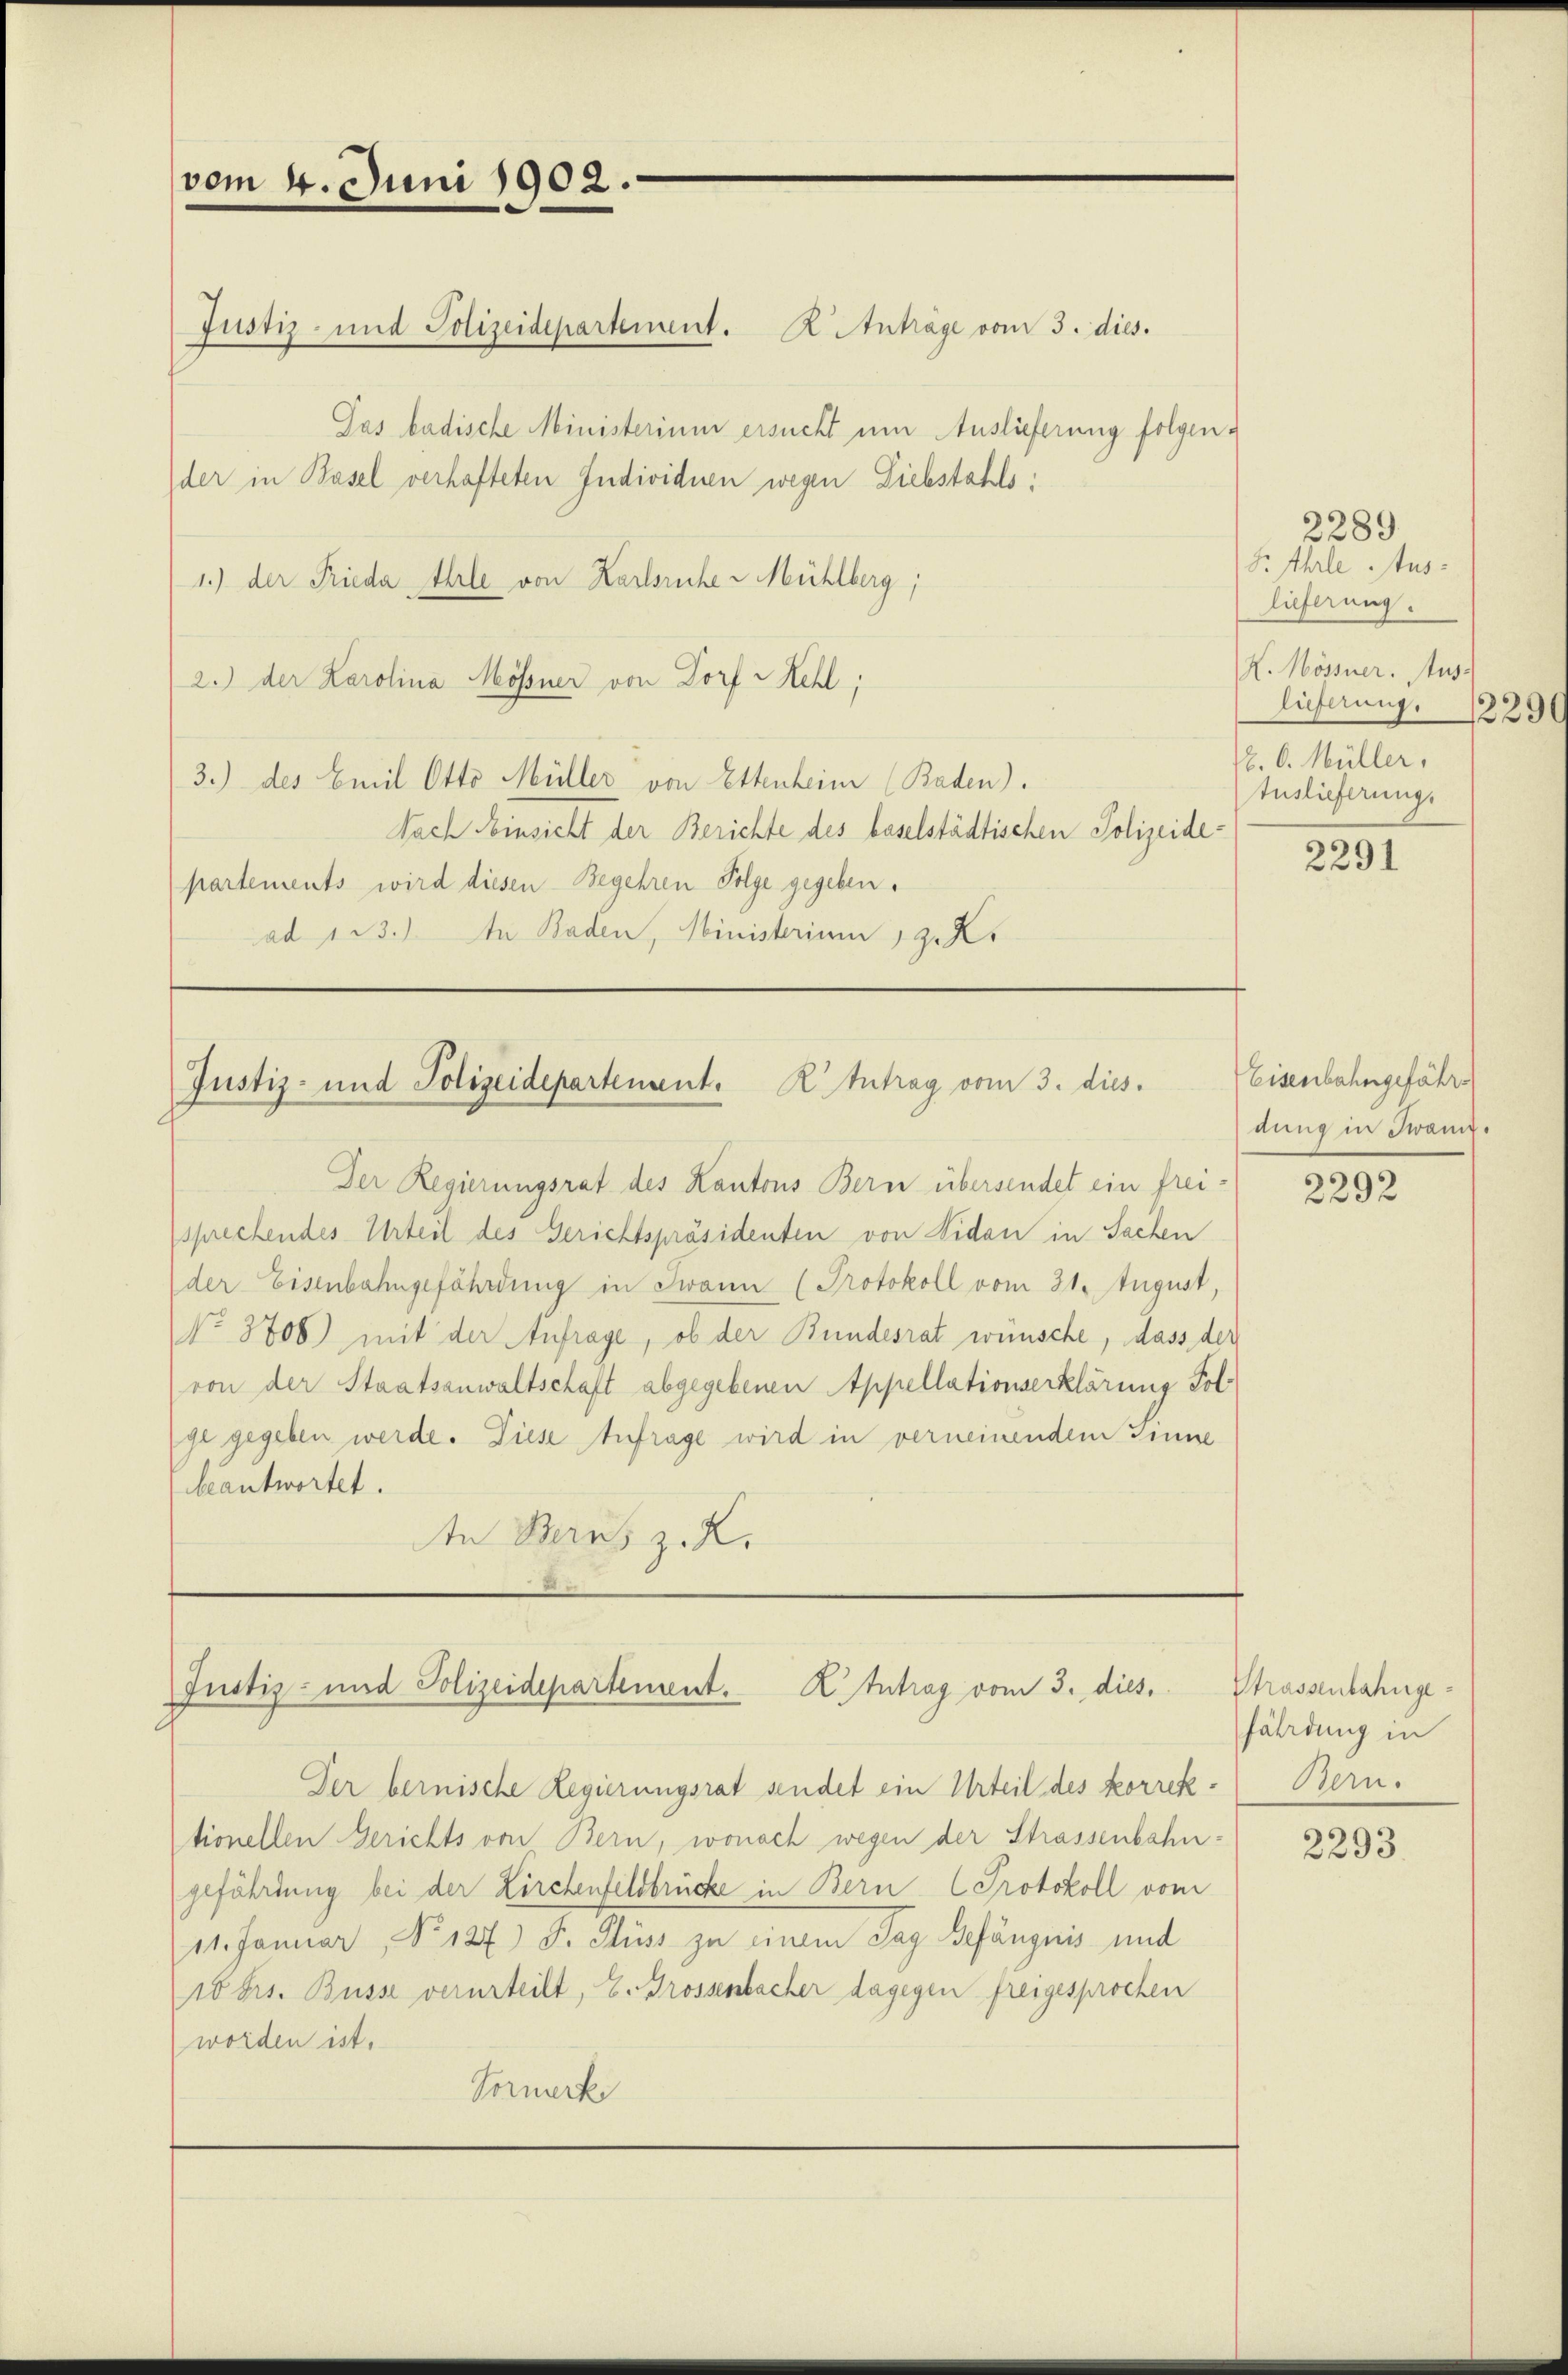
vom 4. Juni 1902.

Jas badische Ministerium ersucht um Auslieferung folgen.
der in Basel verhafteten Individuen wegen Liebstahls:
1.) der Frieda Ahrle von Karlsruhe v Mühlberg;
2.) der Karolina Mösner von Dorf - Kehl;
3.) des Emil Otto Müller von Ettenheim (Baden).
Nach Einsicht der Berichte des baselstädtischen Polizeidepartements wird diesen Begehren Folge gegeben.
ad 123.) In Baden, Ministerium, 2. Kr

Justiz- und Polizeidepartement. K. Anträge vom 3. dies.

Justiz- und Polizeidepartement. K. Antrag vom 3. dies.

Der Regierungsrat des Kantons Bern übersendet ein freisprechendes Urteil des Gerichtspräsidenten von Nidau in Sachen
der Eisenbahngefährdung in Twann (Protokoll vom 31. August,
No. 3706) mit der Anfrage, ob der Bundesrat wünsche, dass der
von der Staatsanwaltschaft abgegebenen Appellationserklärung Folge gegeben werde. Diese Anfrage wird in verneinendem Sinne
beantwortet.
In Berns z. Z.

Justiz- und Polizeidepartement. K. Antrag vom 3. dies

Der bernische Regierungsrat sendet ein Urteil des korrek- Bern.
tionellen Gerichts von Bern, wonach wegen der Strassenbahngefährdung bei der Kirchenfelsbrücke in Bern Protokoll vom
11. Januar, No 127) S. Süss zu einem Tag Gefängnis und
10 Frs. Büsse verurteilt, E. Grossenbacher dagegen freigesprochen
worden ist.
Vormerk

2289
S. Ehrle Auslieferung.
K. Mössner. Aus-
lieferung 229
. 6. Müller,
Auslieferung.

2291

Eisenbahngefährdung in Twann.

2292

Strassenbahngefährdung in

2293.